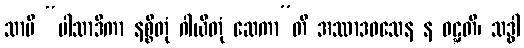
သာပိ “ပါသာဒိကာ နစ္စိတုံ ဂါယိတုံ ဆေကာ”တိ အဿာဒဝသေန န ဝဋ္ဋတိ၊ သဒ္ဓါ